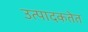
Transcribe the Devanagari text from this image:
उत्पादकतेत